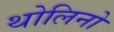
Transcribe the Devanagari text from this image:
थोलिनो